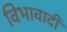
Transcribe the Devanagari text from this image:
विभावादी